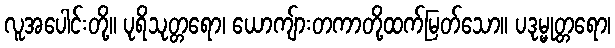
လူအပေါင်းတို့။ ပုရိသုတ္တရော၊ ယောကျ်ားတကာတို့ထက်မြတ်သော။ ပဒုမ္မုတ္တရော၊